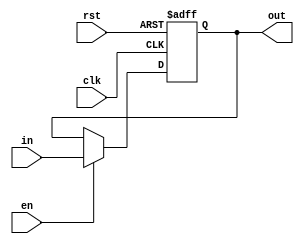
// Chris Kenyon and Brandon Nguyen
// From solutions

module reg_32(	input [31:0] in,
				input clk,
				input rst,
				input en,
				output reg [31:0] out
			);

always@(posedge clk or posedge rst)
begin
	if(rst)
		out <= 0;
	else if(en)
		out <= in;
end

endmodule